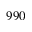
9 9 0